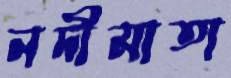
নদীমাতা